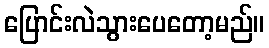
ပြောင်းလဲသွားပေတော့မည်။